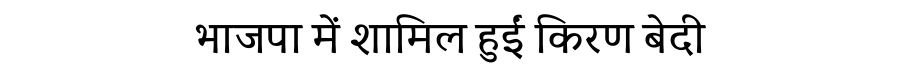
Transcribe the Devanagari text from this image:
भाजपा में शामिल हुईं किरण बेदी